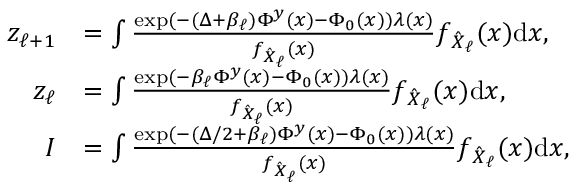
\begin{array} { r l } { z _ { \ell { + } 1 } } & { = \int \frac { \exp ( - ( \Delta + \beta _ { \ell } ) \Phi ^ { y } ( { \boldsymbol x } ) - \Phi _ { 0 } ( { \boldsymbol x } ) ) \lambda ( { \boldsymbol x } ) } { f _ { \hat { \boldsymbol X } _ { \ell } } ( { \boldsymbol x } ) } f _ { \hat { \boldsymbol X } _ { \ell } } ( { \boldsymbol x } ) { \mathrm { d } } { \boldsymbol x } , } \\ { z _ { \ell } } & { = \int \frac { \exp ( - \beta _ { \ell } \Phi ^ { y } ( { \boldsymbol x } ) - \Phi _ { 0 } ( { \boldsymbol x } ) ) \lambda ( { \boldsymbol x } ) } { f _ { \hat { \boldsymbol X } _ { \ell } } ( { \boldsymbol x } ) } f _ { \hat { \boldsymbol X } _ { \ell } } ( { \boldsymbol x } ) { \mathrm { d } } { \boldsymbol x } , } \\ { I } & { = \int \frac { \exp ( - ( \Delta / 2 + \beta _ { \ell } ) \Phi ^ { y } ( { \boldsymbol x } ) - \Phi _ { 0 } ( { \boldsymbol x } ) ) \lambda ( { \boldsymbol x } ) } { f _ { \hat { \boldsymbol X } _ { \ell } } ( { \boldsymbol x } ) } f _ { \hat { \boldsymbol X } _ { \ell } } ( { \boldsymbol x } ) { \mathrm { d } } { \boldsymbol x } , } \end{array}